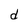
Character: d